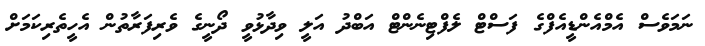
ނަމަވެސް އެމްއެންޑީއެފްގެ ފަސްޓް ލެފްޓިނެންޓް އަބްދު އަލީ ވިދާޅުވީ ދޯނީގެ ވެރިފަރާތުން އެހީތެރިކަމަށް